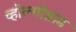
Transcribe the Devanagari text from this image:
व्होल्गोग्राड